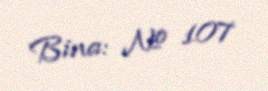
Bina: № 107